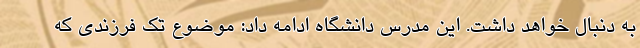
به دنبال خواهد داشت. این مدرس دانشگاه ادامه داد: موضوع تک فرزندی که